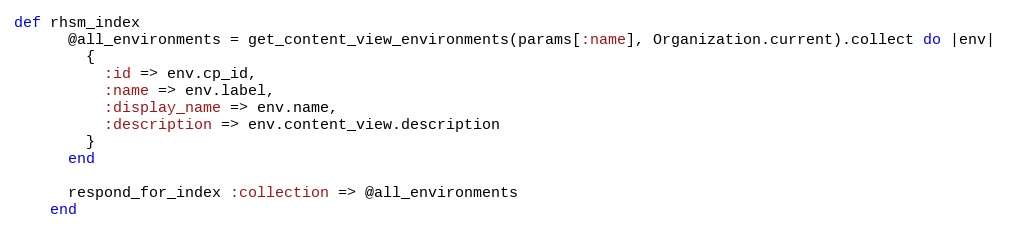
Language: Ruby
def rhsm_index
      @all_environments = get_content_view_environments(params[:name], Organization.current).collect do |env|
        {
          :id => env.cp_id,
          :name => env.label,
          :display_name => env.name,
          :description => env.content_view.description
        }
      end

      respond_for_index :collection => @all_environments
    end